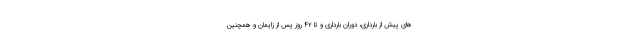
های پیش از بارداری، دوران بارداری و تا ۴۲ روز پس از زایمان و همچنین